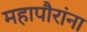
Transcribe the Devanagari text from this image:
महापौरांना